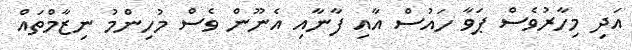
އަދި މިހާރުވެސް ޕަވާ ހައުސް އާއި ފާނާއި އެނޫން ވެސް މުހިންމު ނިޒާމްތައް